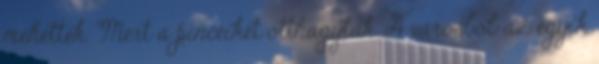
mehettek. Mert a pincéiket otthagyták. A városból az egyik